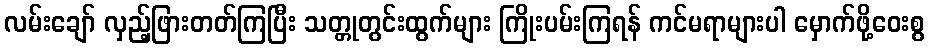
လမ်းချော် လှည့်ဖြားတတ်ကြပြီး သတ္တုတွင်းထွက်များ ကြိုးပမ်းကြရန် ကင်မရာများပါ မှောက်ဖို့ဝေးစွ